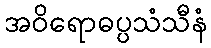
အဝိရောဓပ္ပသံသီနံ